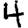
Digit: 4